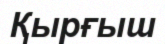
Қырғыш